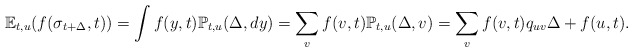
\begin{align*}\mathbb E_{t,u} (f(\sigma_{t+\Delta},t))=\int f(y,t)\mathbb P_{t,u}(\Delta,dy)=\sum_{v}f(v,t)\mathbb P_{t,u}(\Delta,v)=\sum_{v}f(v,t)q_{uv}\Delta+f(u,t).\end{align*}